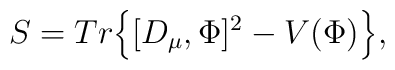
S=Tr \Big\{ [D_\mu,\Phi]^2 - V(\Phi) \Big\},